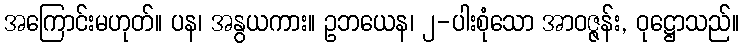
အကြောင်းမဟုတ်။ ပန၊ အနွယကား။ ဥဘယေန၊ ၂-ပါးစုံသော အာဝဇ္ဇန်း, ဝုဋ္ဌောသည်။